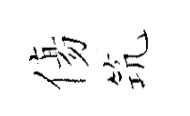
傷𥬑